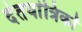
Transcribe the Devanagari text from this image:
दंतयांत्रिकों